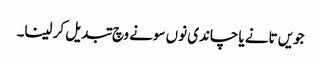
جویں تانے یا چاندی نوں سونے وچ تبدیل کر لینا۔